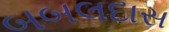
બબલદાસ